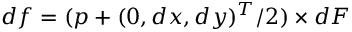
d f = ( p + ( 0 , d x , d y ) ^ { T } / 2 ) \times d F